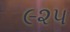
૯૨૫